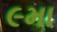
૯મા